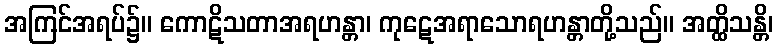
အကြင်အရပ်၌။ ကောဋိသတာအရဟန္တာ၊ ကုဋေအရာသောရဟန္တာတို့သည်။ အတ္ထိသန္တိ၊